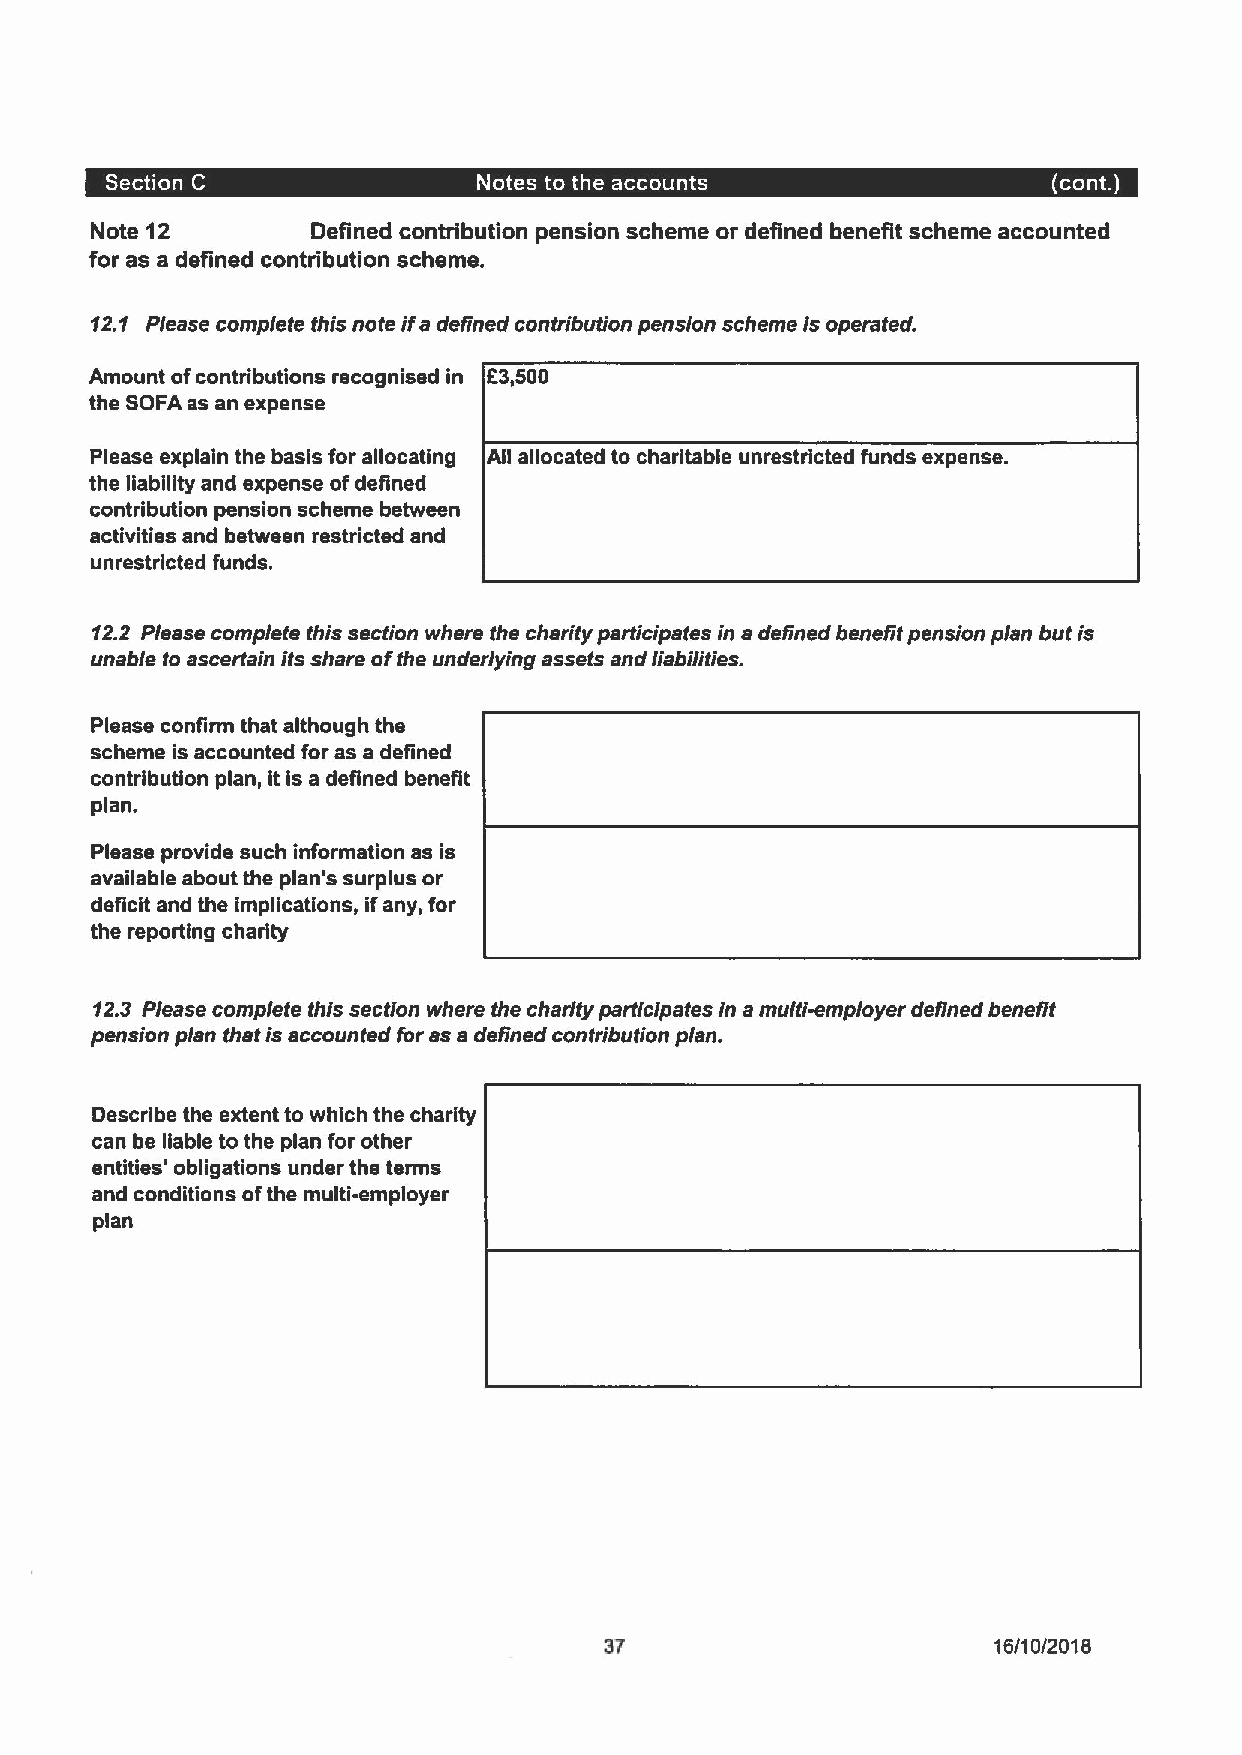
Note 12        Defined contribution pension scheme or defined benefit scheme accounted
 for as a defined contribution scheme.
 12.1 Please complete this note ifa defined contribution pension scheme is operated.
 Amount ofcontributions recognised in E3,500
 the SOFA as an expense
 Please explain the basis for allocating All allocated to charitable unrestricted funds expense.
 the liability and expense ofdefined
 contribution pension scheme between
 activities and between restricted and
 unrestricted funds.
 12.2 Please complete this section where the charity participates in a defined benefit pension plan but is
 unable to ascertain its share ofthe underlying assets and liabilities.
 Please confirm that although the
 scheme is accounted for as a defined
 contribution plan, it is a defined benefit
 plan.
 Please provide such information as is
 available about the plan's surplus or
 deficit and the implications, ifany, for
 the reporting charity
 12.3 Please complete this section where the charity participatesin a multi-employer defined benefit
 pension plan that is accounted for as a defined contribution plan.
 Describe the extent to which the charity
 can be liable to the plan for other
 entities' obligations under the terms
 and conditions ofthe multi-employer
 plan
 37                        16/10/2018